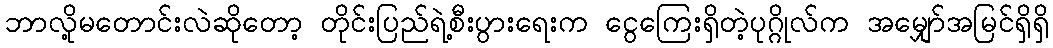
ဘာလို့မတောင်းလဲဆိုတော့ တိုင်းပြည်ရဲ့စီးပွားရေးက ငွေကြေးရှိတဲ့ပုဂ္ဂိုလ်က အမျှော်အမြင်ရှိရှိ